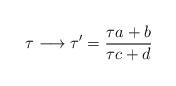
LaTeX: \begin{align*}\tau \longrightarrow \tau' = \frac{\tau a + b}{\tau c + d }\end{align*}